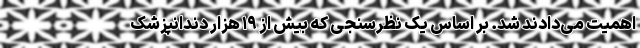
اهمیت می‌دادند شد. بر اساس یک نظرسنجی که بیش از ۱۹ هزار دندانپزشک